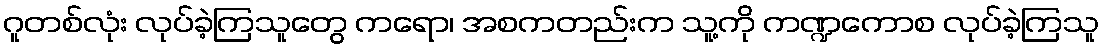
ဂူတစ်လုံး လုပ်ခဲ့ကြသူတွေ ကရော၊ အစကတည်းက သူ့ကို ကဏ္ဍကောစ လုပ်ခဲ့ကြသူ